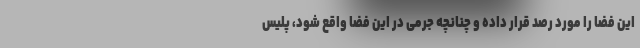
این فضا را مورد رصد قرار داده و چنانچه جرمی در این فضا واقع شود، پلیس